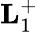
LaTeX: \textbf{L}_{1}^{+}